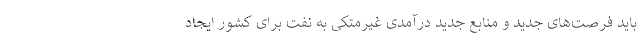
باید فرصت‌های جدید و منابع جدید درآمدی غیرمتکی به نفت برای کشور ایجاد